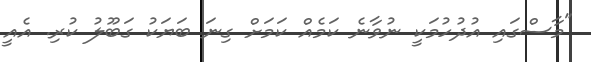
"މާސްގައި އުދުހުމަކީ ނުވާނެ ކަމެއް ކަމަށް ގިނަ ބަޔަކު ގަބޫލު ކުރި. އެއީ